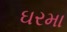
ઘરમા